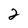
Character: 2